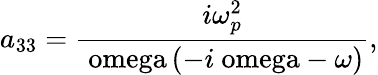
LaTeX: a_{33}=\frac{i\omega_{p}^{2}}{\mathrm{\ omega}\left(-i\mathrm{\ omega}-\mathrm{}\omega\right)},